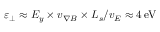
\varepsilon _ { \perp } \approx E _ { y } \times v _ { \nabla B } \times L _ { s } / v _ { E } \approx 4 \, \mathrm { e V }